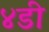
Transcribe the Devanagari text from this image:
४डी